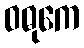
ဝဓုကေ